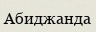
Абиджанда